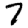
Digit: 7